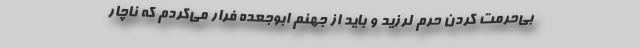
بی‌حرمت کردن حرم لرزید و باید از جهنم ابوجعده فرار می‌کردم که ناچار